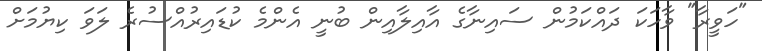
"ހަވީރާ" ވާހަކަ ދައްކަމުން ސައިނާގެ އާއިލާއިން ބުނީ އެންމެ ކުޑައިރުއްސުރެ ލަވަ ކިޔުމަށް